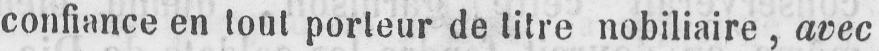
confiance en tout porteur de titre nobiliaire, avec